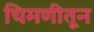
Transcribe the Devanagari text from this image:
चिमणीतून